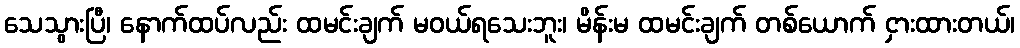
သေသွားပြီ၊ နောက်ထပ်လည်း ထမင်းချက် မဝယ်ရသေးဘူး၊ မိန်းမ ထမင်းချက် တစ်ယောက် ငှားထားတယ်၊